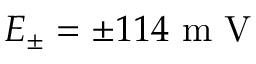
E _ { \pm } = \pm 1 1 4 \mathrm { ~ m ~ V ~ }